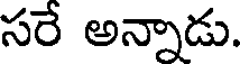
సరే అన్నాడు.